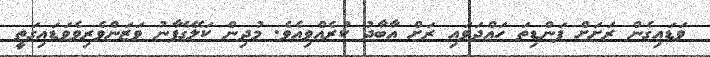
ވަޑައިގެން ރަށަށް ފަންޑިތަ ހައްދަވައި ރަށް އާބާދު ކުރެއްވިއެވެ. މުދިން ކަލޭގެފާނު ވަޒަންވެރިވެވަޑައިގަތީ